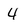
Character: 4